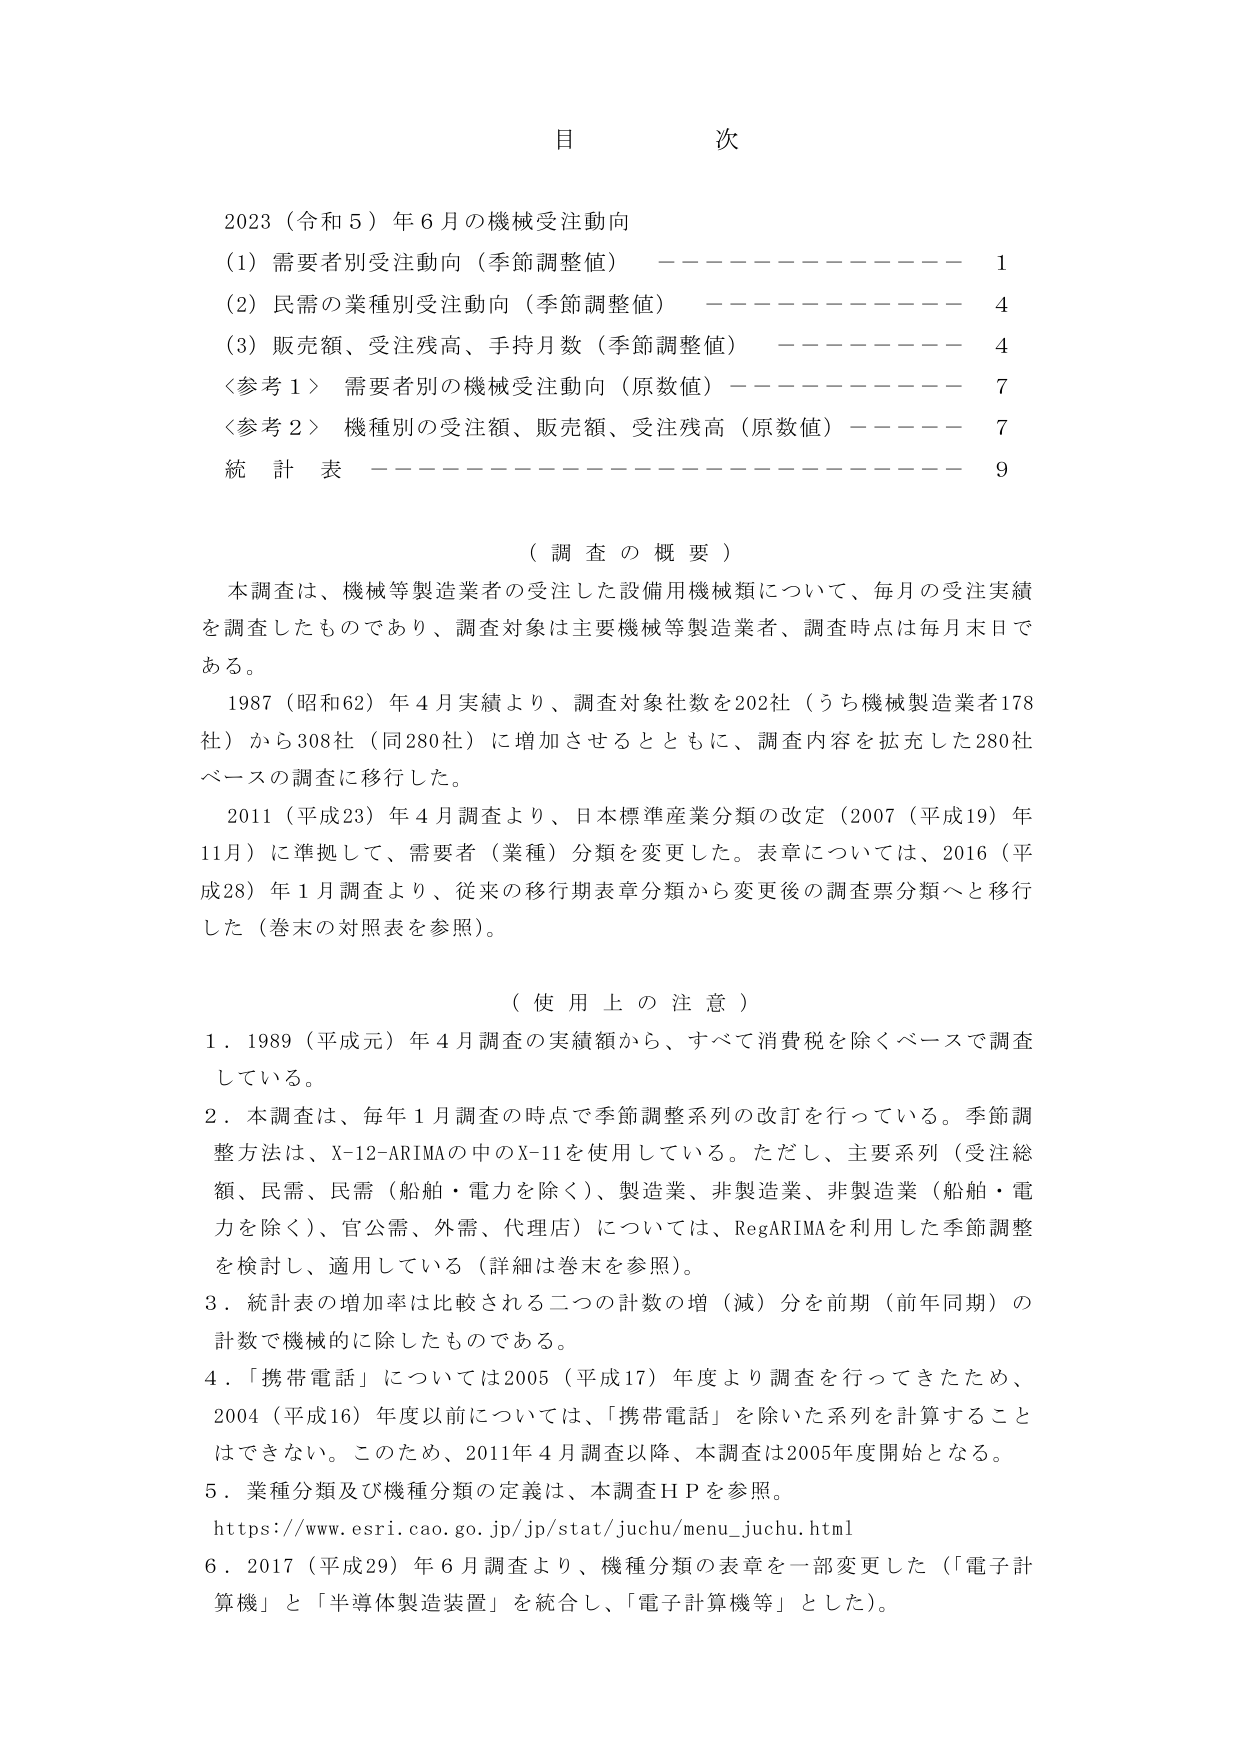
目 次

2023（令和5）年6月の機械受注動向
（1）需要者別受注動向（季節調整値） ———————— 1
（2）民需の業種別受注動向（季節調整値） ———————— 4
（3）販売額、受注残高、手持月数（季節調整値） ———————— 4
〈参考1〉需要者別の機械受注動向（原数値） ———————— 7
〈参考2〉機種別の受注額、販売額、受注残高（原数値） ———————— 7
統計表 ———————————————— 9

（調査の概要）
本調査は、機械等製造業者の受注した設備用機械類について、毎月の受注実績を調査したものであり、調査対象は主要機械等製造業者、調査時点は毎月末日である。
1987（昭和62）年4月実績より、調査対象社数を202社（うち機械製造業者178社）から308社（同280社）に増加させるとともに、調査内容を拡充した280社ベースの調査に移行した。
2011（平成23）年4月調査より、日本標準産業分類の改定（2007（平成19）年11月）に準拠して、需要者（業種）分類を変更した。表章については、2016（平成28）年1月調査より、従来の移行期表章分類から変更後の調査票分類へと移行した（巻末の対照表を参照）。

（使用上の注意）
1．1989（平成元）年4月調査の実績額から、すべて消費税を除くベースで調査している。
2．本調査は、毎年1月調査の時点で季節調整系列の改訂を行っている。季節調整方法は、X-12-ARIMAの中のX-11を使用している。ただし、主要系列（受注総額、民需、民需（船舶・電力を除く）、製造業、非製造業、非製造業（船舶・電力を除く）、官公需、外需、代理店）については、RegARIMAを利用した季節調整を検討し、適用している（詳細は巻末を参照）。
3．統計表の増加率は比較される二つの計数の増（減）分を前期（前年同期）の計数で機械的に除したものである。
4．「携帯電話」については2005（平成17）年度より調査を行ってきたため、2004（平成16）年度以前については、「携帯電話」を除いた系列を計算することはできない。このため、2011年4月調査以降、本調査は2005年度開始となる。
5．業種分類及び機種分類の定義は、本調査ＨＰを参照。
https://www.esri.cao.go.jp/jp/stat/juchu/menu_juchu.html
6．2017（平成29）年6月調査より、機種分類の表章を一部変更した（「電子計算機」と「半導体製造装置」を統合し、「電子計算機等」とした）。